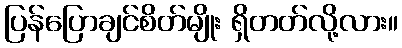
ပြန်ပြောချင်စိတ်မျိုး ရှိတတ်လို့လား။